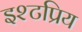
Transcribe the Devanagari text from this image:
इश्टप्रिय